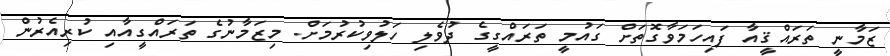
ޒަމާނީ ތަރައްޤީއާ ފައިހަމަވާގޮތަށް ގައުމީ ތަރައްގީގެ ދުވެލި ހަލުވިކުރުމަށް. މިޒަމާނުގެ ތަރައްގީއާއި ކުރިއެރުން